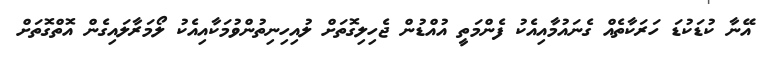
އޭނާ ކުޑަކުޑަ ހަރަކާތެއް ގެނައުމާއިއެކު ފެންމަތީ އުއްޑުން ޖެހިލިގޮތަށް ލުއިހިނިތުންވުމަކާއިއެކު ލޯމަރާލައިގެން އޮތްގޮތަށް